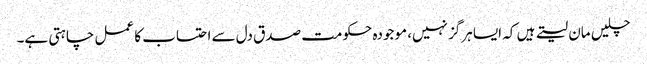
چلیں مان لیتے ہیں کہ ایسا ہرگز نہیں، موجودہ حکومت صدق دل سے احتساب کا عمل چاہتی ہے۔